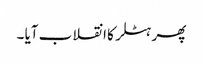
پھر ہٹلر کا انقلاب آیا ۔